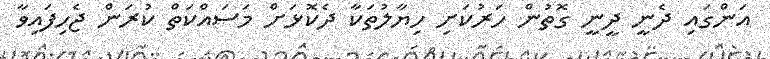
އަންގައި ދެނީ ދީނީ ގޮތުން ހަރުކަށި ހިޔާލުތަކާ ދެކޮޅަށް މަސައްކަތް ކުރަން ޖެހިފައިވާ